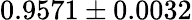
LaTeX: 0.9571\pm 0.0032